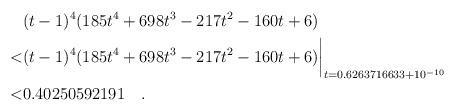
LaTeX: \begin{align*} & (t-1)^4(185t^4+698t^3-217t^2-160t+6) \\ < & (t-1)^4(185t^4+698t^3-217t^2-160t+6)\biggr\rvert_{t=0.6263716633 + 10^{-10}} \\ < & 0.40250592191\quad . \end{align*}